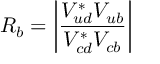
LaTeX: R _ { b } = \left| \frac { V _ { u d } ^ { * } V _ { u b } } { V _ { c d } ^ { * } V _ { c b } } \right|